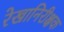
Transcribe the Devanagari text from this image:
रेखानिरीक्षक